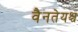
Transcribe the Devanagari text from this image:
वैनतेयश्च